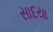
સાદયા